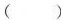
()